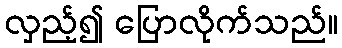
လှည့်၍ ပြောလိုက်သည်။